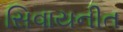
સિવાયનીત